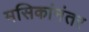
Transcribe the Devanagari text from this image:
मसिकांनंतर